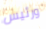
ورئيس